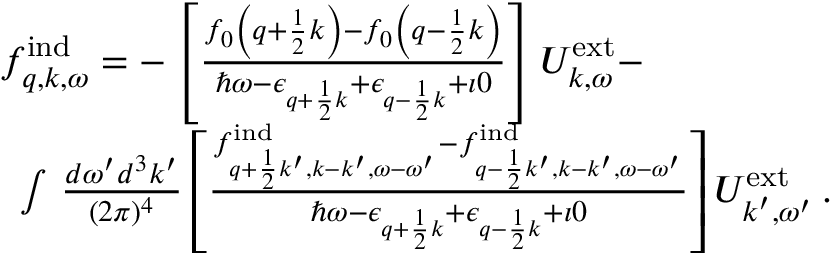
\begin{array} { r l } & { f _ { \boldsymbol { q } , \boldsymbol { k } , \omega } ^ { \mathrm { i n d } } = - \left[ \frac { f _ { 0 } \left( \boldsymbol { q } + \frac { 1 } { 2 } \boldsymbol { k } \right) - f _ { 0 } \left( \boldsymbol { q } - \frac { 1 } { 2 } \boldsymbol { k } \right) } { \hbar \omega - \epsilon _ { \boldsymbol { q } + \frac { 1 } { 2 } \boldsymbol { k } } + \epsilon _ { \boldsymbol { q } - \frac { 1 } { 2 } \boldsymbol { k } } + \imath 0 } \right] { U } _ { \boldsymbol { k } , \omega } ^ { \mathrm { e x t } } - } \\ & { \, \, \, \int \, \frac { d \omega ^ { \prime } d ^ { 3 } k ^ { \prime } } { ( 2 \pi ) ^ { 4 } } \left[ \frac { f _ { \boldsymbol { q } + \frac { 1 } { 2 } \boldsymbol { k } ^ { \prime } , \boldsymbol { k } - \boldsymbol { k } ^ { \prime } , \omega - \omega ^ { \prime } } ^ { \mathrm { i n d } } - f _ { \boldsymbol { q } - \frac { 1 } { 2 } \boldsymbol { k } ^ { \prime } , \boldsymbol { k } - \boldsymbol { k } ^ { \prime } , \omega - \omega ^ { \prime } } ^ { \mathrm { i n d } } } { \hbar \omega - \epsilon _ { \boldsymbol { q } + \frac { 1 } { 2 } \boldsymbol { k } } + \epsilon _ { \boldsymbol { q } - \frac { 1 } { 2 } \boldsymbol { k } } + \imath 0 } \right] { U } _ { \boldsymbol { k } ^ { \prime } , \omega ^ { \prime } } ^ { \mathrm { e x t } } \, . } \end{array}